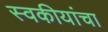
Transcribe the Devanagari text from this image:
स्वकीयांचा